Aleksander_Warma, lk 28
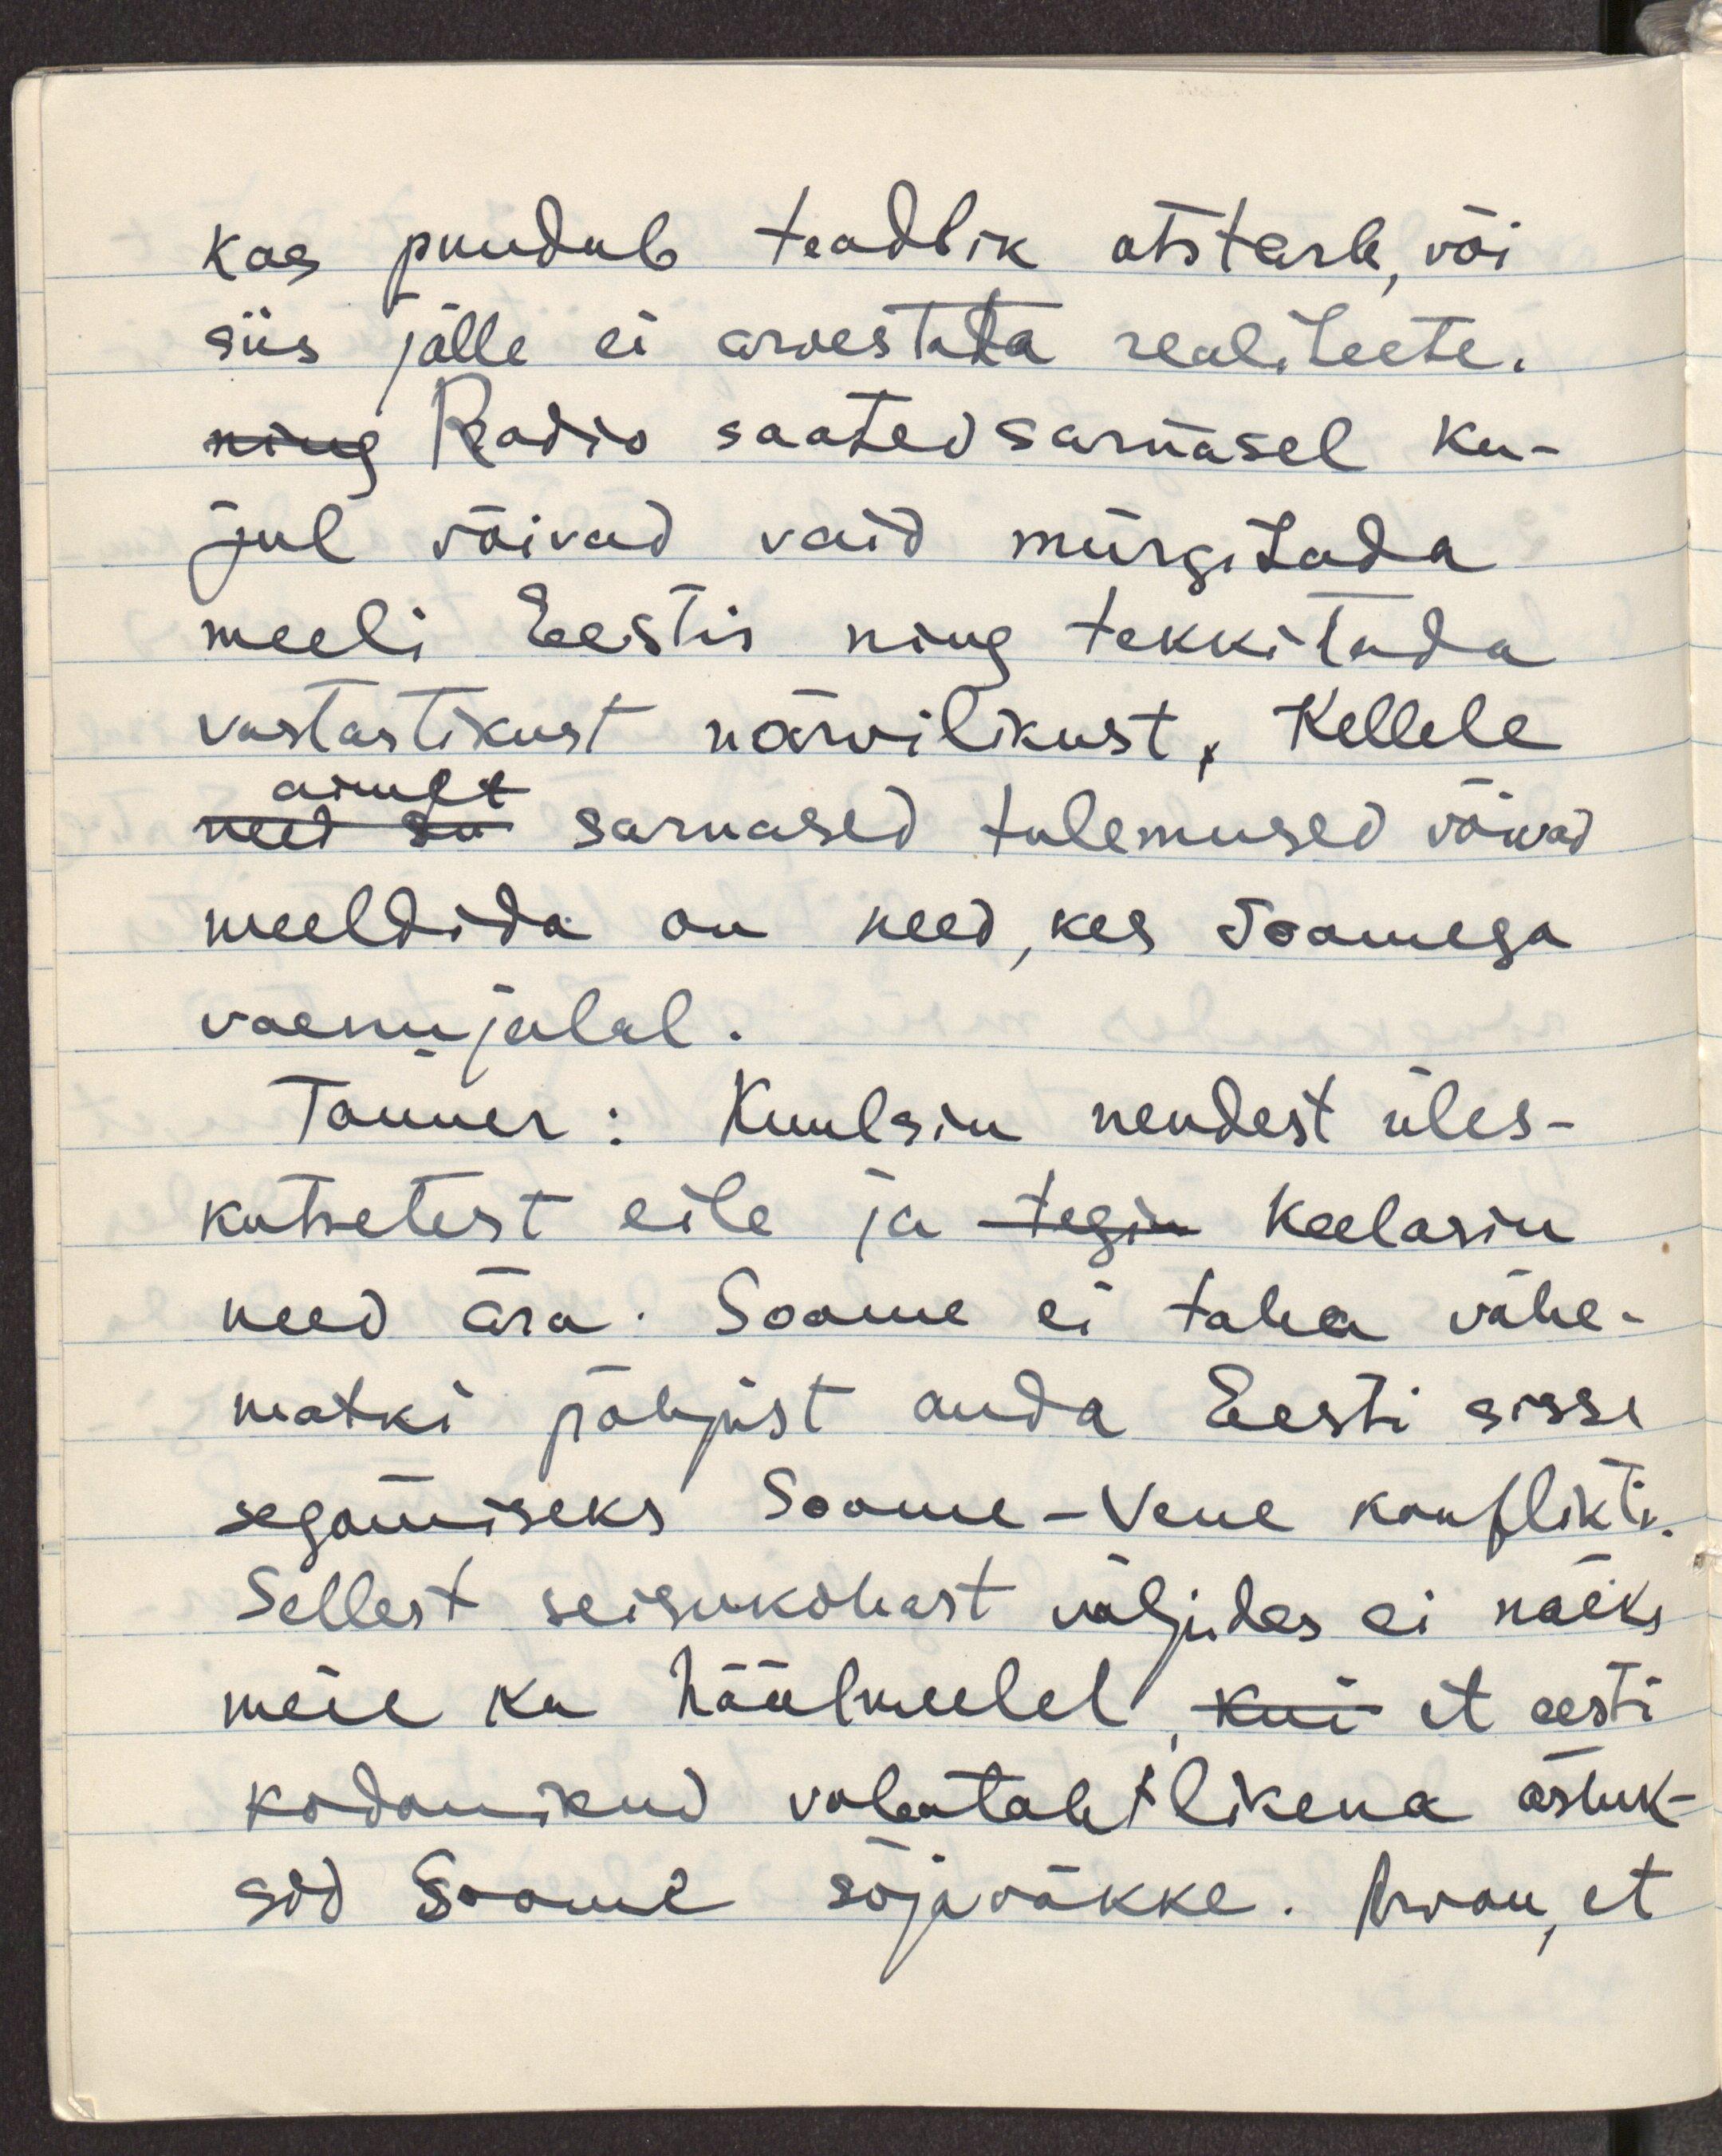
kas puudub teadlik otstarb, või
siis jälle ei arvestata realiteete.
ning Radio saated sarnasel ku-
jul võivad vaid mürgitada
meeli Eestis ning tekkitada
vastastikust närvilikust. Kellele
need sa ainult sarnased tulemused võivad
meeldida on need, kes Soomega
vaenujalal.
Tanner: Kuulsin nendest üles-
kutsetest eile ja tegin keelasin
need ära. Soome ei taha vähe-
matki põhjust anda Eesti sisse
segamiseks Soome-Vene konflikti.
Sellest seisukohast väljudes ei näeks
meie ka häälmeelel, kui et eesti
kodanikud vabatahtlikena astuk-
sid Soome sõjaväkke. Arvan, et